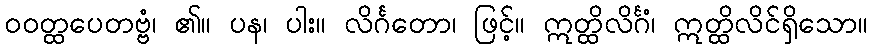
ဝဝတ္ထပေတဗ္ဗံ၊ ၏။ ပန၊ ပါး။ လိင်္ဂတော၊ ဖြင့်။ ဣတ္ထိလိင်္ဂံ၊ ဣတ္ထိလိင်ရှိသော။